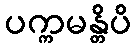
ပက္ကမန္တိပိ